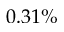
0 . 3 1 \%